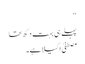
‘‘
پہلے ہی بہت دکھ تھا
مصطفیٰ اکیلا ہے۔